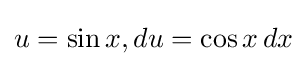
u=\sin {x},du=\cos {x}\,dx